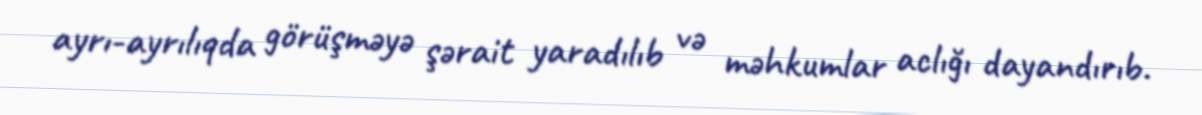
ayrı-ayrılıqda görüşməyə şərait yaradılıb və məhkumlar aclığı dayandırıb.